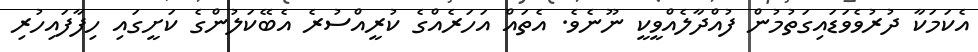
އެކަމަކާ ދުރުވެވަޑައިގަތުމުން ފުއްދާލެއްވީކީ ނޫނެވެ. އެތައް އަހަރެއްގެ ކުރީއްސުރެ އެބޭކަލުންގެ ކަށީގައި ހިފާފައިހުރި